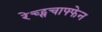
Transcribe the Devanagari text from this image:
रेच्ट्सचाफ्फेन